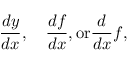
{ \frac { d y } { d x } } , \quad { \frac { d f } { d x } } , { \mathrm { o r } } { \frac { d } { d x } } f ,